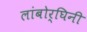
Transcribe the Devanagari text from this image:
लांबोर्घिनी